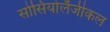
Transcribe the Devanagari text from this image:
सोसियोलॅजीकल